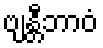
ဗျန္တီဘာဝံ